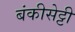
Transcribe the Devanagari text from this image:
बंकीसेट्टी